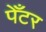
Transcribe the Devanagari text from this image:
पेँटर